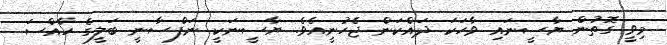
މިވީ ގޮތުން ޔާސީނައި ވާހަކަ ދައްކަން ޖެހުނީއެވެ. ޔާސީނަކީ ނަފްސާނީ ބަލީގެ ހާއްސަ